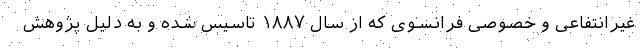
غیرانتفاعی و خصوصی فرانسوی که از سال ۱۸۸۷ تاسیس شده و به دلیل پژوهش